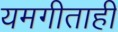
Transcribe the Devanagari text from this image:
यमगीताही